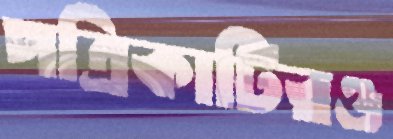
পত্রিকাটিরও